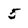
Character: 5